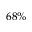
6 8 \%